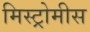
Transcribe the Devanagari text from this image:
मिस्ट्रोमीस